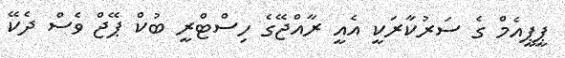
ޕީޕީއެމް ގެ ސަރުކާރަކީ އެއީ ރާއްޖޭގެ ހިސްޓްރީ ބުކް ޕޭޖް ވެސް ދެކޭ